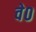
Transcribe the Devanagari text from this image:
वे०